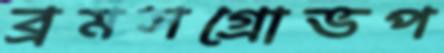
ব্রমসগ্রোভপ